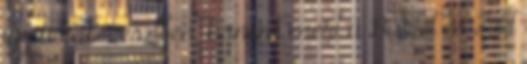
így a célkeresztben, hanem mert a Barbit és Zolit